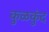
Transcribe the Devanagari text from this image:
कुळकुंद